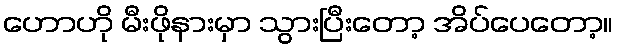
ဟောဟို မီးဖိုနားမှာ သွားပြီးတော့ အိပ်ပေတော့။